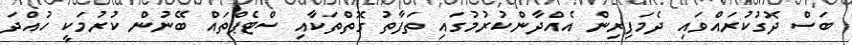
ބަސް ދޮގުކުރައްވައި ދެމަފިރިން އެއްދާންކުރުމުގައި ތަފާތު ގޮތްތަކާއި ސްޓެޕްތައް ބޭނުން ކުރުމަކީ ހުއްދަ